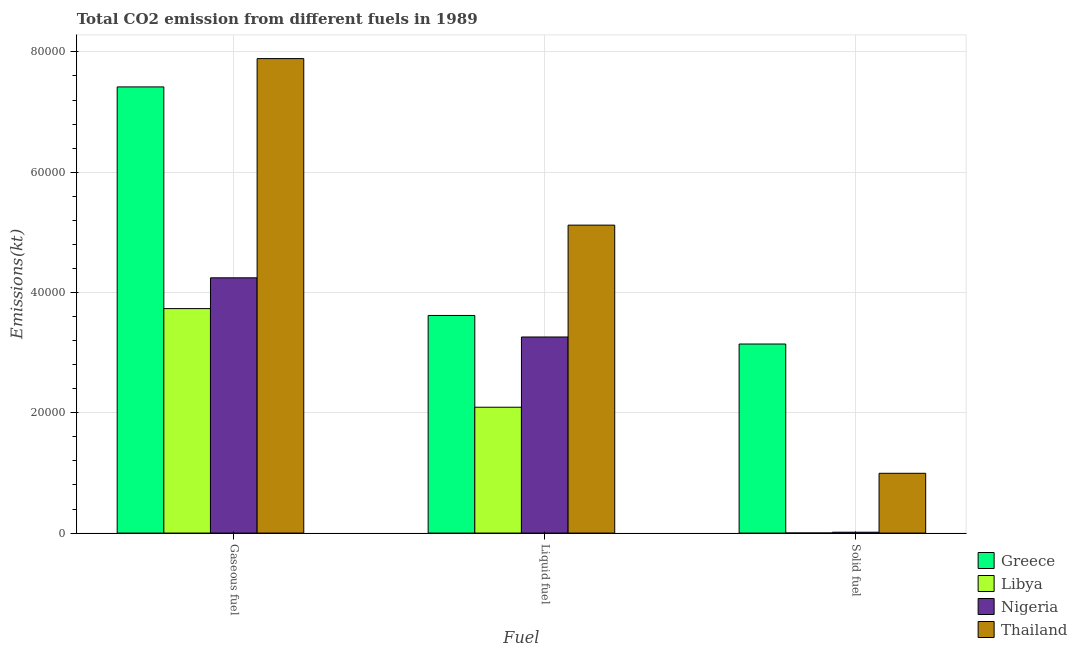
| Fuel | Greece | Libya | Nigeria | Thailand |
 | --- | --- | --- | --- | --- |
 | Gaseous fuel | 7.42e+04 | 3.73e+04 | 4.24e+04 | 7.89e+04 |
 | Liquid fuel | 3.62e+04 | 2.09e+04 | 3.26e+04 | 5.12e+04 |
 | Solid fuel | 3.14e+04 | 11 | 143 | 9.94e+03 |